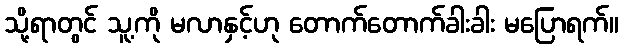
သို့ရာတွင် သူ့ကို မလာနှင့်ဟု တောက်တောက်ခါးခါး မပြောရက်။